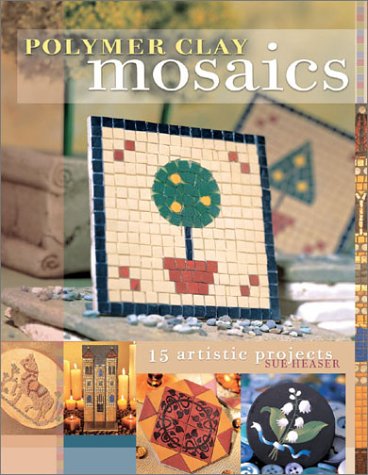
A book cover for Polymer Clay Mosaics; Sue Heaser; Crafts, Hobbies & Home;